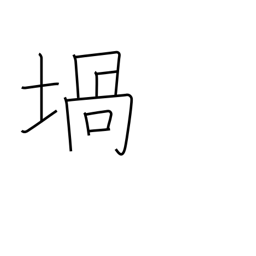
Meaning: crucible